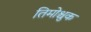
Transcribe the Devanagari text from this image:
तिमोश्चुक